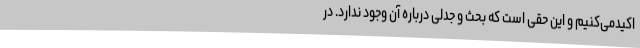
اکیدمی‌کنیم و این حقی است که بحث و جدلی درباره آن وجود ندارد. در